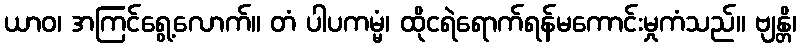
ယာဝ၊ အကြင်ရွေ့လောက်။ တံ ပါပကမ္မံ၊ ထိုငရဲရောက်ရန်မကောင်းမှုကံသည်။ ဗျန္တိ၊